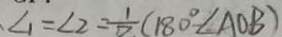
\angle 1 = \angle 2 = \frac { 1 } { 7 } ( 1 8 0 ^ { \circ } \angle A O B )